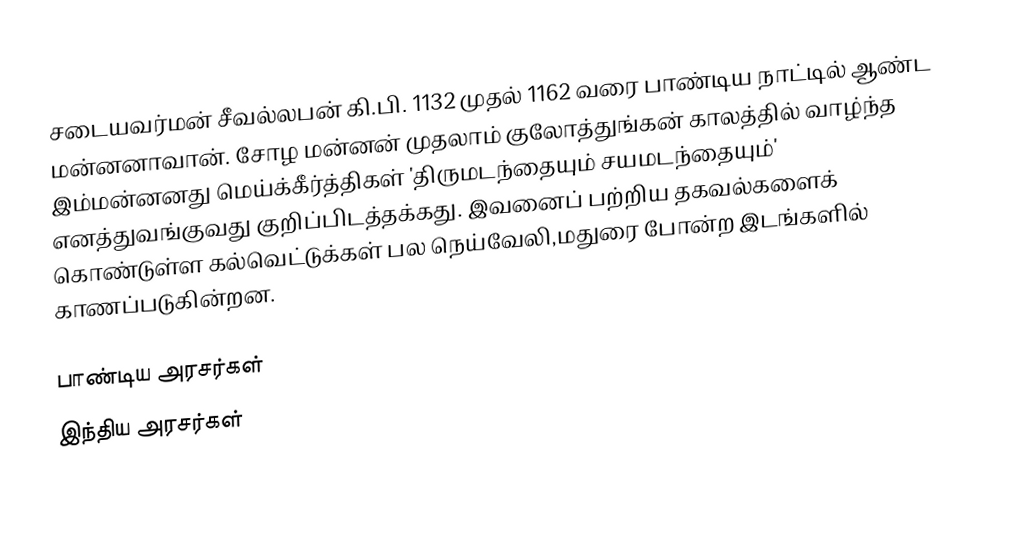
சடையவர்மன் சீவல்லபன் கி.பி. 1132 முதல் 1162 வரை பாண்டிய நாட்டில் ஆண்ட மன்னனாவான். சோழ மன்னன் முதலாம் குலோத்துங்கன் காலத்தில் வாழ்ந்த இம்மன்னனது மெய்க்கீர்த்திகள் 'திருமடந்தையும் சயமடந்தையும்' எனத்துவங்குவது குறிப்பிடத்தக்கது. இவனைப் பற்றிய தகவல்களைக் கொண்டுள்ள கல்வெட்டுக்கள் பல நெய்வேலி,மதுரை போன்ற இடங்களில் காணப்படுகின்றன.

பாண்டிய அரசர்கள்
இந்திய அரசர்கள்